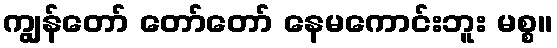
ကျွန်တော် တော်တော် နေမကောင်းဘူး မစ္စ။